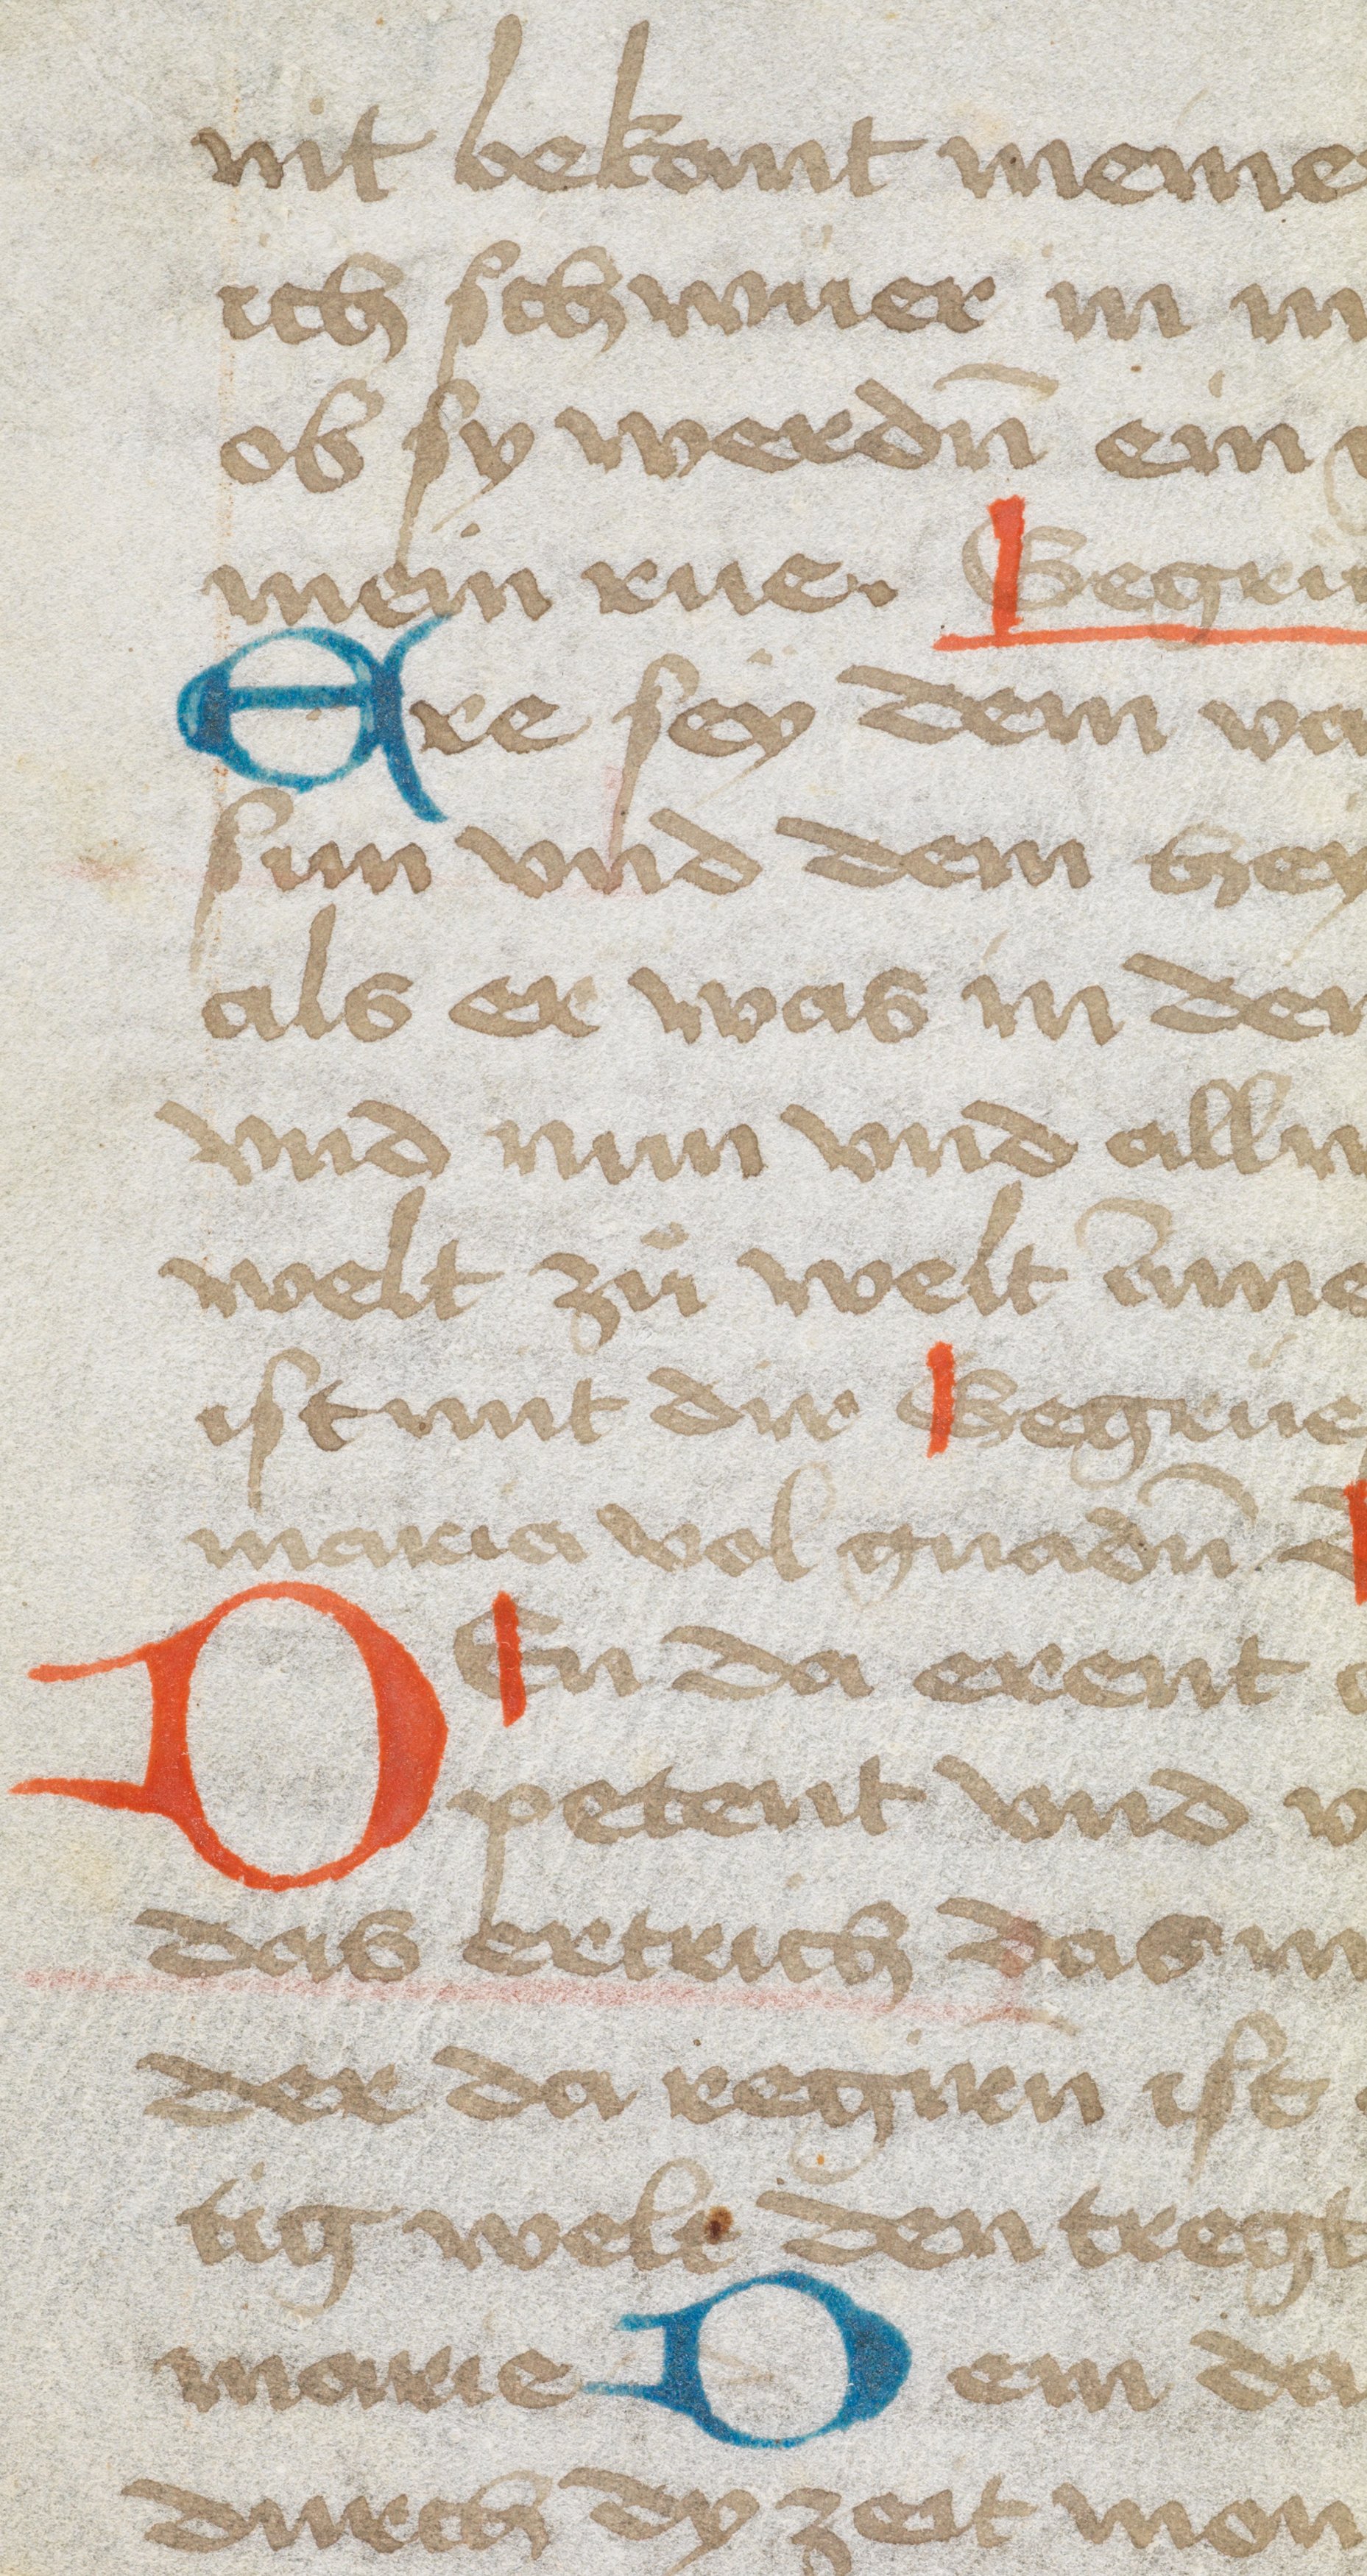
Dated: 1475–1524